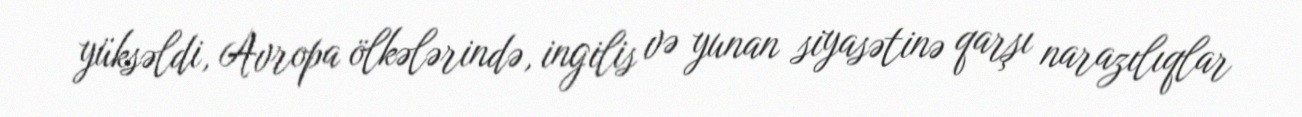
yüksəldi, Avropa ölkələrində, ingilis və yunan siyasətinə qarşı narazılıqlar